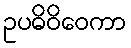
ဥပဓိဝိဝေကာ